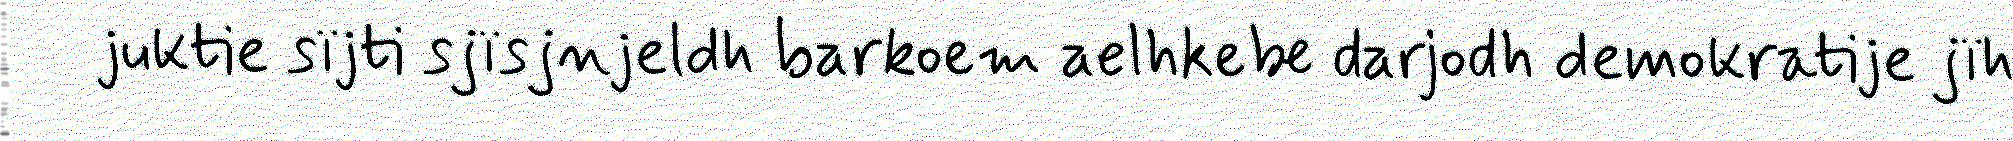
juktie sïjti sjïsjnjeldh barkoem aelhkebe darjodh demokratije jïh